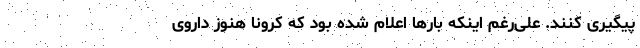
پیگیری کنند. علی‌رغم اینکه بارها اعلام شده بود که کرونا هنوز داروی